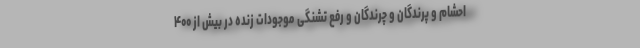
احشام و پرندگان و چرندگان و رفع تشنگی موجودات زنده در بیش از ۴۰۰